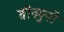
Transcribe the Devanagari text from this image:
तीनगुनी